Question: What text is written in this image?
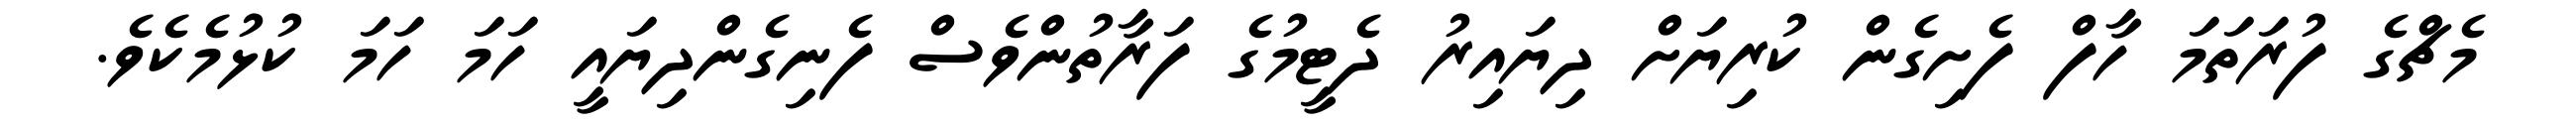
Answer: މެޗްގެ ފުރަތަމަ ހާފް ފެށިގެން ކުރިޔަށް ދިޔައިރު ދެޓީމުގެ ފަރާތުންވެސް ފެނިގެންދިޔައީ ހަމަ ހަމަ ކުޅުމެކެވެ.